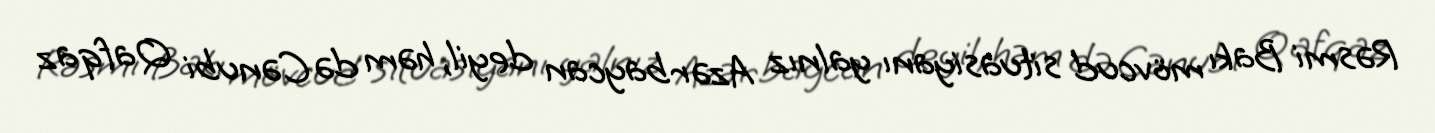
Rəsmi Bakı mövcud situasiyanı yalnız Azərbaycan deyil, həm də Cənubi Qafqaz